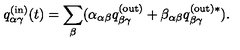
q _ { \alpha \gamma } ^ { \mathrm { ( i n ) } } ( t ) = \sum _ { \beta } ( \alpha _ { \alpha \beta } q _ { \beta \gamma } ^ { \mathrm { ( o u t ) } } + \beta _ { \alpha \beta } q _ { \beta \gamma } ^ { \mathrm { ( o u t ) } \ast } ) .